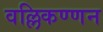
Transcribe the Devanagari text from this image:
वल्लिकण्णन